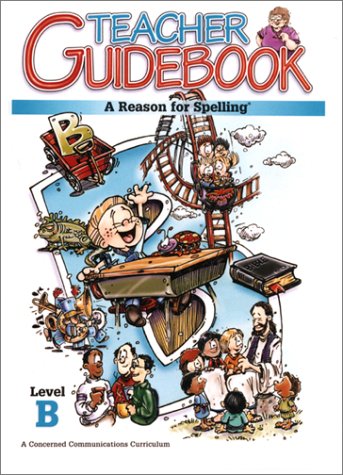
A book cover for A Reason for Spelling: Teacher Guidebook Level B (Reason for Spelling: Level B (Teacher's Guides)); Rebecca Burton; Reference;